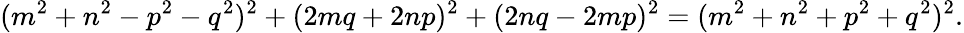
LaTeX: (m^{2}+n^{2}-p^{2}-q^{2})^{2}+(2mq+2np)^{2}+(2nq-2mp)^{2}=(m^{2}+n^{2}+p^{2}+q^{2})^{2}.